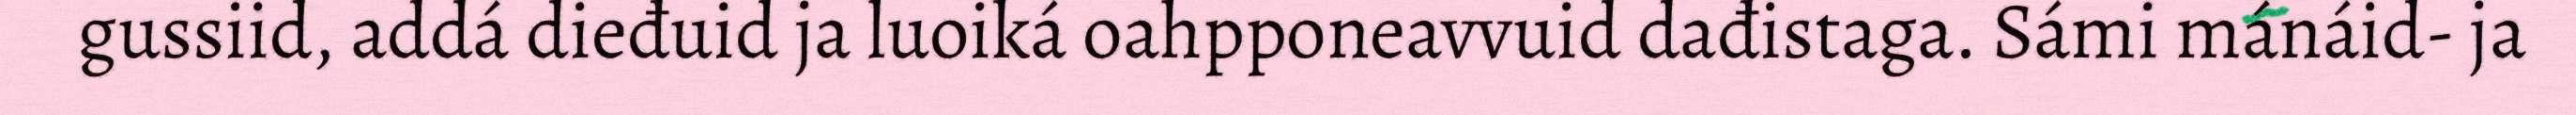
gussiid, addá dieđuid ja luoiká oahpponeavvuid dađistaga. Sámi mánáid- ja